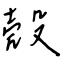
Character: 殼